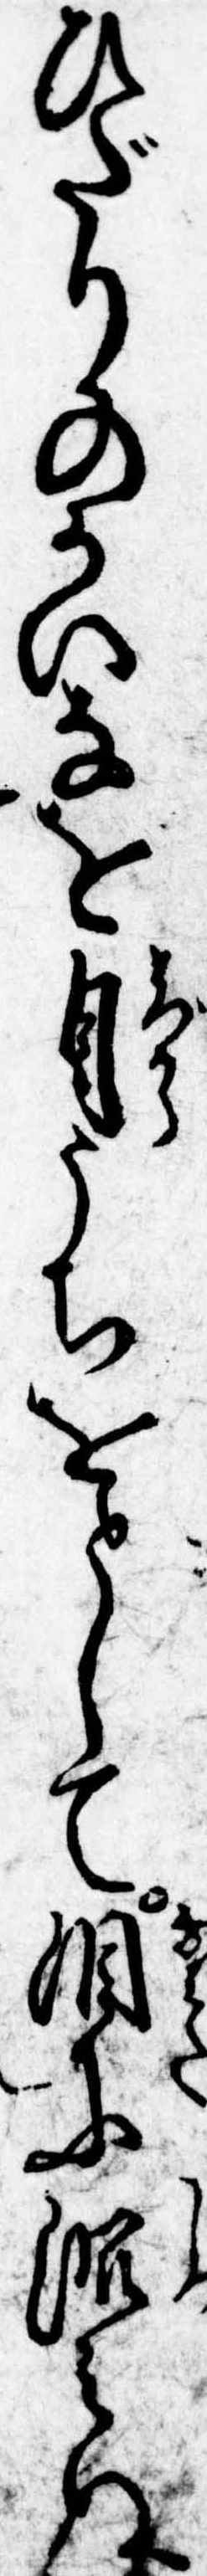
ひだりのかいなを自うちをとして涙に沈みぬ